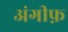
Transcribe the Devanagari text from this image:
अंगीफ़